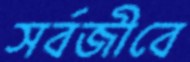
সর্বজীবে